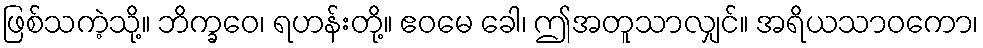
ဖြစ်သကဲ့သို့။ ဘိက္ခဝေ၊ ရဟန်းတို့။ ဧဝမေ ခေါ၊ ဤအတူသာလျှင်။ အရိယသာဝကော၊